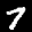
Label: 7